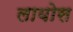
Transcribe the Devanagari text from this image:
लायोस